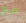
مع